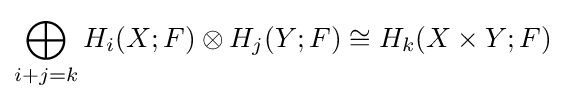
\bigoplus _{i+j=k}H_{i}(X;F)\otimes H_{j}(Y;F)\cong H_{k}(X\times Y;F)